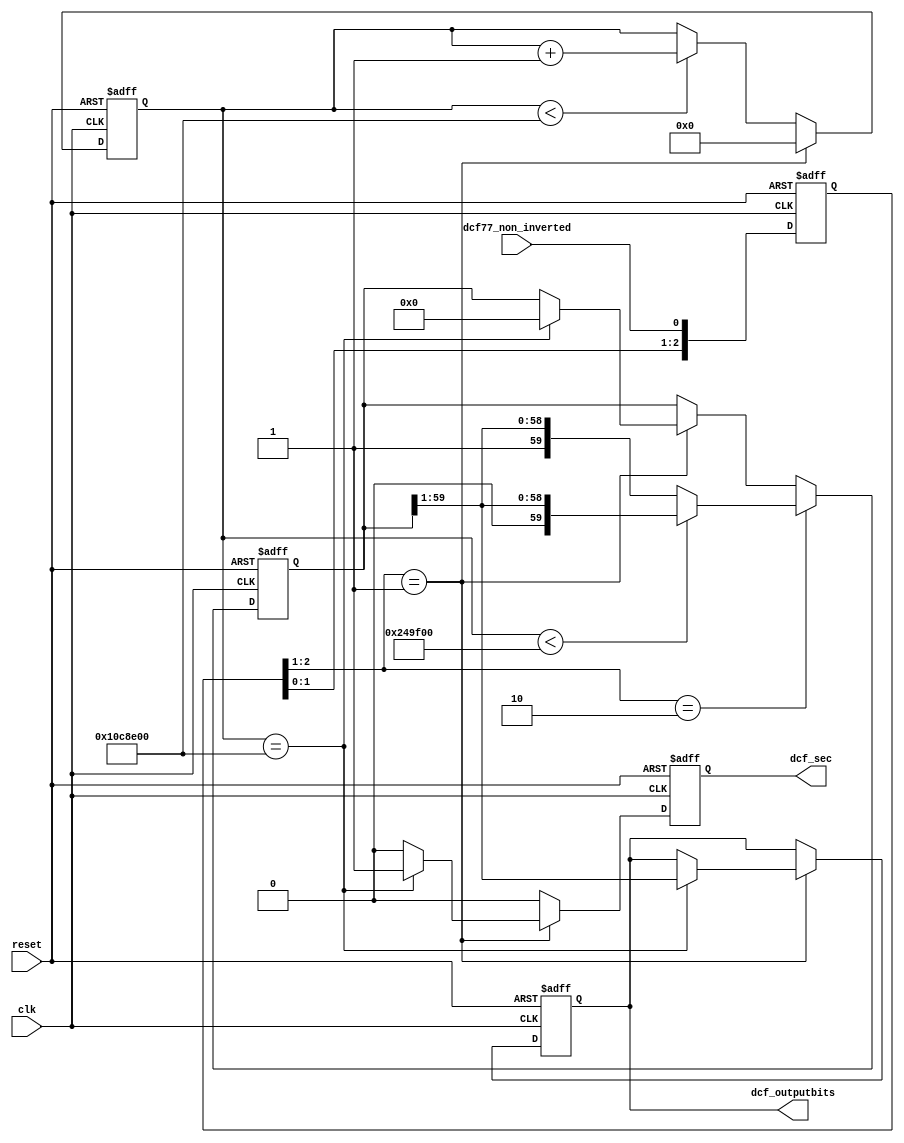
module dcf77_encoder #(parameter CLOCK_FREQUENCY = 16000000
			) ( 	
        input wire              clk,       	//Clock
        input wire              reset,          //Reset-Signal
        input wire dcf77_non_inverted,

	output reg dcf_sec,
	output reg [58:0] dcf_outputbits

);  

  reg [59:0] dcf_bits;
  //reg dcf_sec;
  reg [30:0] cnt;	//variabel
  reg [2:0] dcf_edge;

  parameter CNT_MAX = (11*CLOCK_FREQUENCY)/10;		//1.1 sec	//minute finished
  parameter CNT_SAMPLE = (15*CLOCK_FREQUENCY)/100;	//150 ms	// < 150ms = 0; else 1

  always@(posedge clk or posedge reset) begin
	if(reset) begin
		dcf_outputbits <= 60'b0;
		dcf_bits <= 60'b0;
		dcf_sec <= 1'b0;
		cnt <= 0;
		dcf_edge <= 3'b0;
	end else begin
		dcf_edge <= {dcf_edge[1:0], dcf77_non_inverted};
	
		if(cnt < CNT_MAX) cnt <= cnt + 1;
	
		if(dcf_edge[2:1] == 2'b01) begin	
			if(cnt == CNT_MAX) begin	//minute finished, long 0 detected
				dcf_sec <= 1'b1;
				dcf_outputbits <= dcf_bits[59:1];
				dcf_bits <= 0;
			end else begin
				dcf_sec <= 1'b0;
			end
			cnt <= 0;
		end else dcf_sec <= 1'b0;

		if(dcf_edge[2:1] == 2'b10) begin
			if(cnt < CNT_SAMPLE) begin
				dcf_bits <= {1'b0, dcf_bits[59:1]};	//check if cnt if < 150ms or above 150ms
			end
			else begin
				dcf_bits <= {1'b1, dcf_bits[59:1]};
			end	
		end
	end
	
  end
endmodule